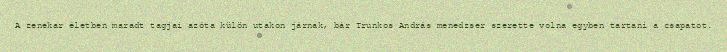
A zenekar életben maradt tagjai azóta külön utakon járnak, bár Trunkos András menedzser szerette volna egyben tartani a csapatot.